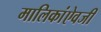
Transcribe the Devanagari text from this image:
मालिकांऐवजी